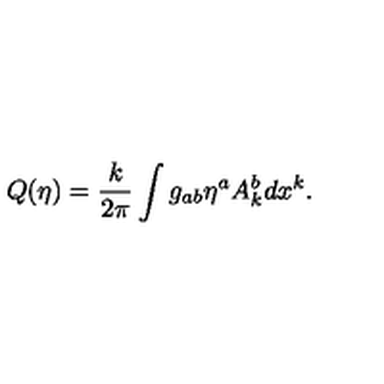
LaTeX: Q ( \eta ) = { \frac { k } { 2 \pi } } \int g _ { a b } \eta ^ { a } A _ { k } ^ { b } d x ^ { k } .